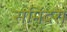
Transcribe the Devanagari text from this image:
समिंदरा